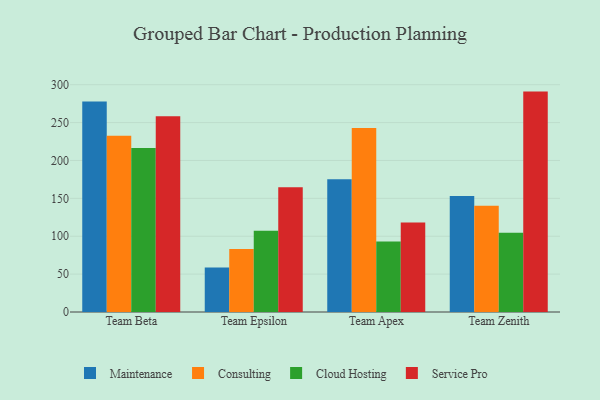
{"axis": {"x": "Team", "y": "Inventory Turnover"}, "legend": ["Cloud Hosting", "Consulting", "Maintenance", "Service Pro"], "data": [{"x": "Team Beta", "y": 277.7, "type": "Maintenance"}, {"x": "Team Beta", "y": 232.6, "type": "Consulting"}, {"x": "Team Beta", "y": 216.5, "type": "Cloud Hosting"}, {"x": "Team Beta", "y": 258.3, "type": "Service Pro"}, {"x": "Team Epsilon", "y": 58.7, "type": "Maintenance"}, {"x": "Team Epsilon", "y": 83.1, "type": "Consulting"}, {"x": "Team Epsilon", "y": 107.4, "type": "Cloud Hosting"}, {"x": "Team Epsilon", "y": 164.7, "type": "Service Pro"}, {"x": "Team Apex", "y": 175.3, "type": "Maintenance"}, {"x": "Team Apex", "y": 243.0, "type": "Consulting"}, {"x": "Team Apex", "y": 92.9, "type": "Cloud Hosting"}, {"x": "Team Apex", "y": 118.2, "type": "Service Pro"}, {"x": "Team Zenith", "y": 153.2, "type": "Maintenance"}, {"x": "Team Zenith", "y": 140.3, "type": "Consulting"}, {"x": "Team Zenith", "y": 104.6, "type": "Cloud Hosting"}, {"x": "Team Zenith", "y": 290.9, "type": "Service Pro"}]}